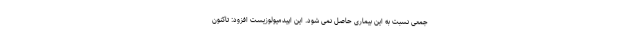
جمعی نسبت به این بیماری حاصل نمی شود. این اپیدمیولوزیست افزود: تاکنون